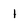
Character: 1